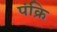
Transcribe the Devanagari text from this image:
पंक्रि